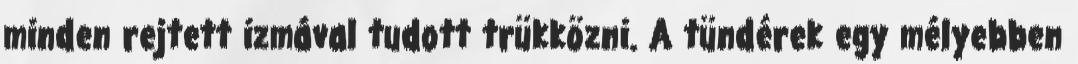
minden rejtett izmával tudott trükközni. A tündérek egy mélyebben